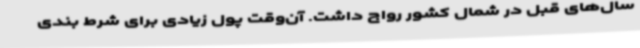
سال‌های قبل در شمال کشور رواج داشت. آن‌وقت پول زیادی برای شرط بندی